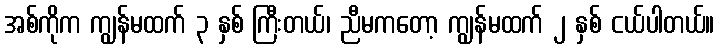
အစ်ကိုက ကျွန်မထက် ၃ နှစ် ကြီးတယ်၊ ညီမကတော့ ကျွန်မထက် ၂ နှစ် ငယ်ပါတယ်။